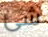
شئ